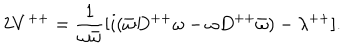
2 V ^ { + + } = { \frac { 1 } { \omega \bar { \omega } } } [ i ( \bar { \omega } D ^ { + + } \omega - \omega D ^ { + + } \bar { \omega } ) - \lambda ^ { + + } ] .